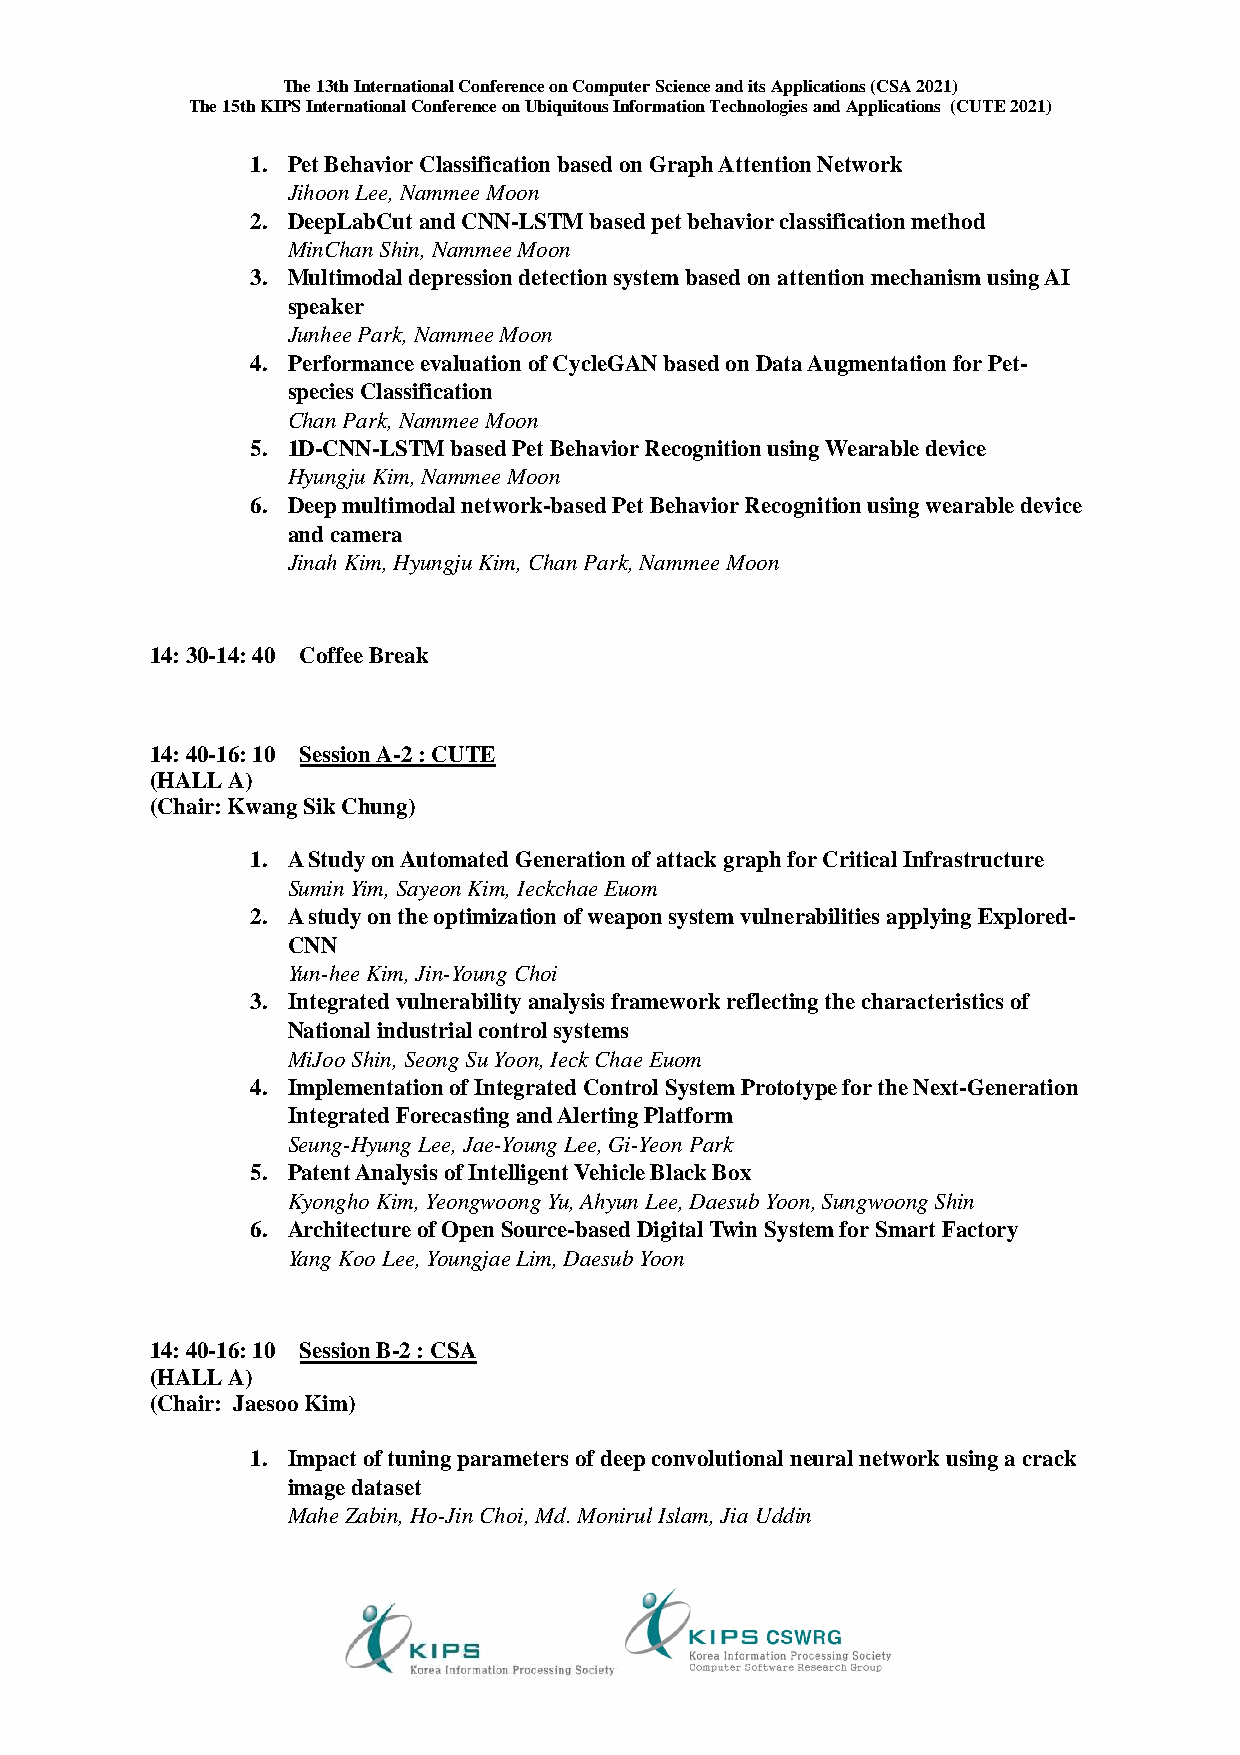
The 13th International Conference on Computer Science and its Applications (CSA 2021)
 The 15th KIPS International Conference on Ubiquitous Information Technologies and Applications (CUTE 2021)
 1. Pet Behavior Classification based on Graph Attention Network
 Jihoon Lee, Nammee Moon
 2. DeepLabCut and CNN-LSTM based pet behavior classification method
 MinChan Shin, Nammee Moon
 3. Multimodal depression detection system based on attention mechanism using AI
 speaker
 Junhee Park, Nammee Moon
 4. Performance evaluation of CycleGAN based on Data Augmentation for Pet-
 species Classification
 Chan Park, Nammee Moon
 5. 1D-CNN-LSTM based Pet Behavior Recognition using Wearable device
 Hyungju Kim, Nammee Moon
 6. Deep multimodal network-based Pet Behavior Recognition using wearable device
 and camera
 Jinah Kim, Hyungju Kim, Chan Park, Nammee Moon
 14: 30-14: 40 Coffee Break
 14: 40-16: 10 Session A-2 : CUTE
 (HALL A)
 (Chair: Kwang Sik Chung)
 1. A Study on Automated Generation of attack graph for Critical Infrastructure
 Sumin Yim, Sayeon Kim, Ieckchae Euom
 2. A study on the optimization of weapon system vulnerabilities applying Explored-
 CNN
 Yun-hee Kim, Jin-Young Choi
 3. Integrated vulnerability analysis framework reflecting the characteristics of
 National industrial control systems
 MiJoo Shin, Seong Su Yoon, Ieck Chae Euom
 4. Implementation of Integrated Control System Prototype for the Next-Generation
 Integrated Forecasting and Alerting Platform
 Seung-Hyung Lee, Jae-Young Lee, Gi-Yeon Park
 5. Patent Analysis of Intelligent Vehicle Black Box
 Kyongho Kim, Yeongwoong Yu, Ahyun Lee, Daesub Yoon, Sungwoong Shin
 6. Architecture of Open Source-based Digital Twin System for Smart Factory
 Yang Koo Lee, Youngjae Lim, Daesub Yoon
 14: 40-16: 10 Session B-2 : CSA
 (HALL A)
 (Chair: Jaesoo Kim)
 1. Impact of tuning parameters of deep convolutional neural network using a crack
 image dataset
 Mahe Zabin, Ho-Jin Choi, Md. Monirul Islam, Jia Uddin